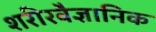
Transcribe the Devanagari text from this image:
शरीरवैज्ञानिक